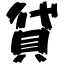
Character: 貸